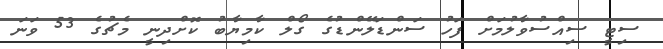
ސިޓީ ސިއްސުވާލުމަށް ފަހު ސަންޑަލޭންޑުގެ ގޯލް ކާމިޔާބު ކޮށްދިނީ މެޗުގެ 53 ވަނަ